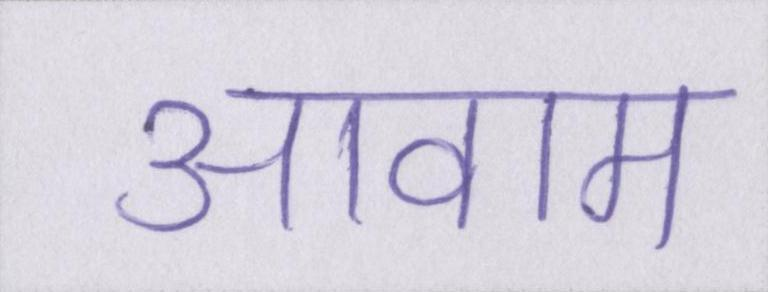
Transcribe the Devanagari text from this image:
आवाम